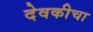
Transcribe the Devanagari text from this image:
देवकीचा